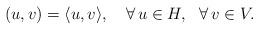
LaTeX: \begin{align*}(u,v)=\langle u,v\rangle,\ \ \ \forall\,u\in H,\ \ \forall\,v\in V.\end{align*}